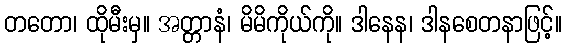
တတော၊ ထိုမီးမှ။ အတ္တာနံ၊ မိမိကိုယ်ကို။ ဒါနေန၊ ဒါနစေတနာဖြင့်။